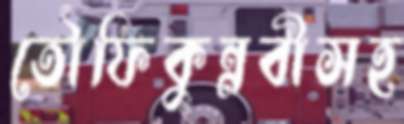
তৌফিকুন্নবীসহ